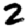
Digit: 2